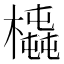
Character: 𣚆